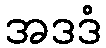
အဒဒံ